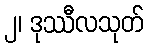
၂၊ ဒုဿီလသုတ်